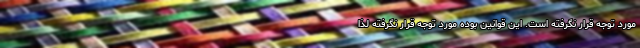
مورد توجه قرار نگرفته است. این قوانین بوده مورد توجه قرار نگرفته لذا